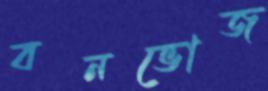
বনভোজ